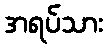
အရပ်သား